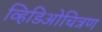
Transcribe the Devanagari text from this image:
व्हिडिओचित्रण